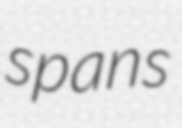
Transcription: spans